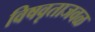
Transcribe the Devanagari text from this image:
विषवृताजवळ